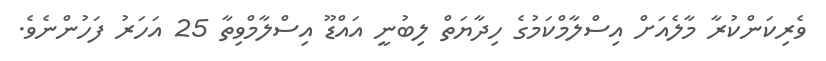
ވެރިކަންކުރާ މާލެއަށް އިސްލާމްކަމުގެ ހިދާޔަތް ލިބުނީ އައްޑޫ އިސްލާމްވިތާ 25 އަހަރު ފަހުންނެވެ.